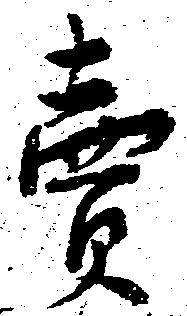
売